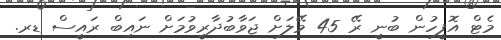
މެޓް އޮފީހުން ބުނީ ރޭ 45 މޭލަށް ޖަވާބުދާރީވުމަށް ނައިބް ރައީސް ޑރ.